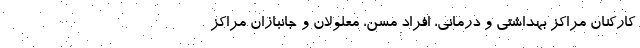
کارکنان مراکز بهداشتی و درمانی، افراد مسن، معلولان و جانبازان مراکز